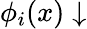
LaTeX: \phi_{i}(x)\downarrow